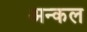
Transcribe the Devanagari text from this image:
अन्कल